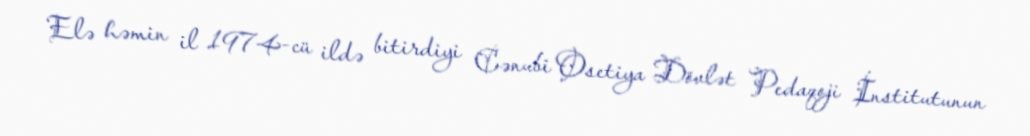
Elə həmin il 1974-cü ildə bitirdiyi Cənubi Osetiya Dövlət Pedaqoji İnstitutunun